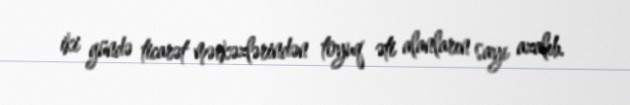
iki gündə ticarət mərkəzlərindən toyuq əti alanların sayı azalıb.